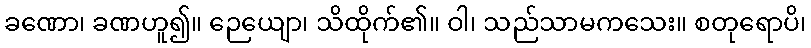
ခဏော၊ ခဏဟူ၍။ ဉေယျော၊ သိထိုက်၏။ ဝါ၊ သည်သာမကသေး။ စတုရောပိ၊